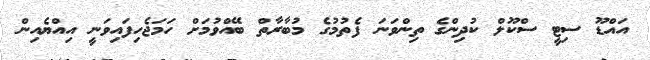
އައްޑޫ ސިޓީ ސްކޫލް ކުދިންގެ ތިންވަނަ ފެތުމުގެ މުބާރާތް ބޭއްވުމަށް ހަމަޖެހިފައިވަނީ އިއްޔެއިން